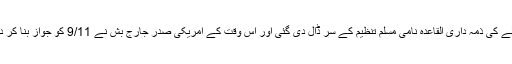
امریکی ذرائع کے جانب سے اس حملے کی ذمہ داری القاعدہ نامی مسلم تنظیم کے سر ڈال دی گئی اور اس وقت کے امریکی صدر جارج بُش نے 9/11 کو جواز بنا کر دہشتگردی کے خلاف اعلان جنگ کیا۔